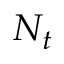
N _ { t }